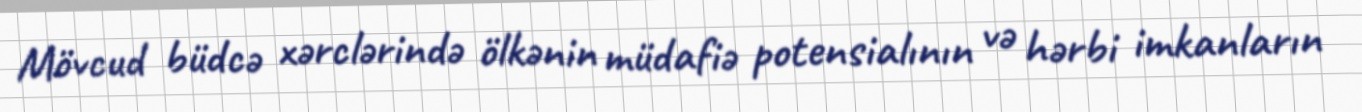
Mövcud büdcə xərclərində ölkənin müdafiə potensialının və hərbi imkanların